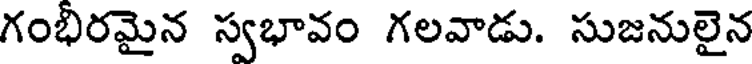
గంభిరమైన స్వభావం గలవాడు. సుజనులైన